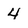
Character: 4